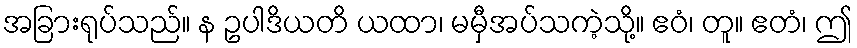
အခြားရုပ်သည်။ န ဥပါဒိယတိ ယထာ၊ မမှီအပ်သကဲ့သို့။ ဧဝံ၊ တူ။ ဧတံ၊ ဤ